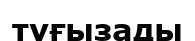
туғызады